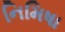
નિમિષા